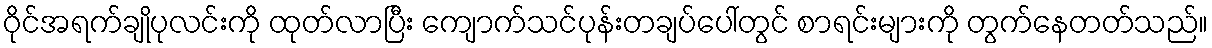
ဝိုင်အရက်ချိုပုလင်းကို ထုတ်လာပြီး ကျောက်သင်ပုန်းတချပ်ပေါ်တွင် စာရင်းများကို တွက်နေတတ်သည်။